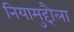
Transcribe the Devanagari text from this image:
नियामुद्दौला